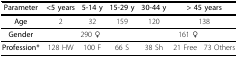
<table><thead><tr><td><b>Parameter</b></td><td><b>&lt;5 years</b></td><td><b>5-14 y</b></td><td><b>15-29 y</b></td><td><b>30-44 y</b></td><td colspan="2"><b>&gt; 45 years</b></td></tr></thead><tbody><tr><td><b>Age</b></td><td>2</td><td>32</td><td>159</td><td>120</td><td colspan="2">138</td></tr><tr><td><b>Gender</b></td><td colspan="3">290 ♂</td><td colspan="3">161 ♀</td></tr><tr><td><b>Profession*</b></td><td>128 HW</td><td>100 F</td><td>66 S</td><td>38 Sh</td><td>21 Free</td><td>73 Others</td></tr></tbody></table>